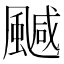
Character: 𲋆